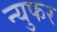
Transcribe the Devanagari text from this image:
न्युफर